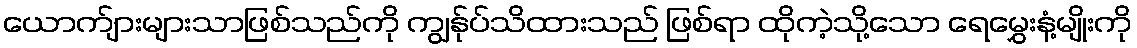
ယောက်ျားများသာဖြစ်သည်ကို ကျွန်ုပ်သိထားသည် ဖြစ်ရာ ထိုကဲ့သို့သော ရေမွှေးနံ့မျိုးကို